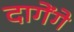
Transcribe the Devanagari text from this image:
दागेंगे